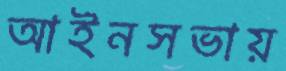
আইনসভায়